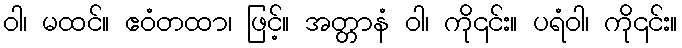
ဝါ၊ မထင်။ ဧဝံတထာ၊ ဖြင့်။ အတ္တာနံ ဝါ၊ ကို၎င်း။ ပရံဝါ၊ ကို၎င်း။